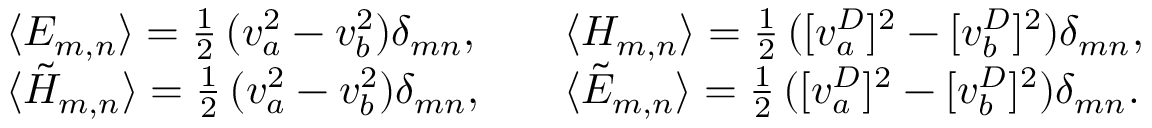
\begin{array} { l c l } { { \langle { \cal E } _ { m , n } \rangle = \frac { 1 } { 2 } \, ( v _ { a } ^ { 2 } - v _ { b } ^ { 2 } ) \delta _ { m n } , } } & { { } } & { { \langle { \cal H } _ { m , n } \rangle = \frac { 1 } { 2 } \, ( [ v _ { a } ^ { D } ] ^ { 2 } - [ v _ { b } ^ { D } ] ^ { 2 } ) \delta _ { m n } , } } \\ { { \langle \tilde { \cal H } _ { m , n } \rangle = \frac { 1 } { 2 } \, ( v _ { a } ^ { 2 } - v _ { b } ^ { 2 } ) \delta _ { m n } , } } & { { } } & { { \langle \tilde { \cal E } _ { m , n } \rangle = \frac { 1 } { 2 } \, ( [ v _ { a } ^ { D } ] ^ { 2 } - [ v _ { b } ^ { D } ] ^ { 2 } ) \delta _ { m n } . } } \end{array}